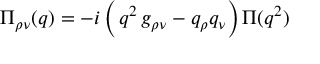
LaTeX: { \Pi } _ { \rho \nu } ( q ) = - i \, \biggl ( \, q ^ { 2 } \, g _ { \rho \nu } - q _ { \rho } q _ { \nu } \biggr ) \, \Pi ( q ^ { 2 } )